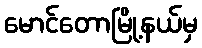
မောင်တောမြို့နယ်မှ